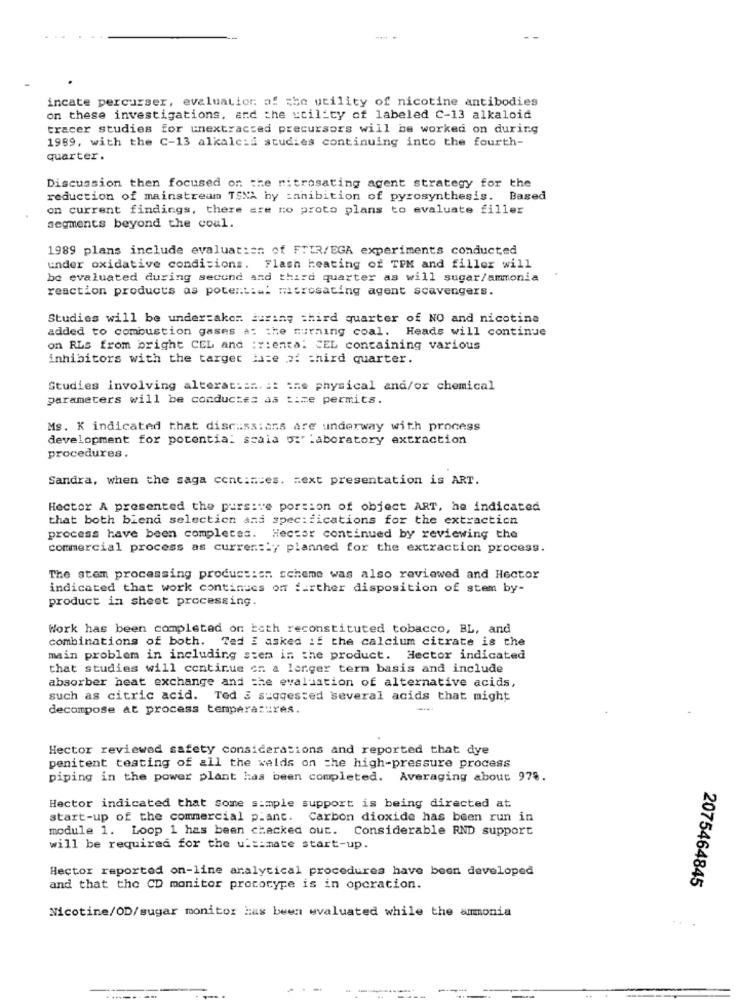
incate percurser, evaluation of the utility of nicotine antibodies
on these investigations, and the utility of labeled C-13 alkaloid
tracer studies for unextracted precursors will be worked on during
1989, with the C-13 alkalc:d studies continuing into the fourth-
quarter.
Discussion then focused on the nitrosating agent strategy for the
reduction of mainstream TSNA hy :anibition of pyrosynthesis. Based
on current findings, there are no proto plans to evaluate filler
segments beyond the coul.
1989 plans include evaluation of FTIR/EGA experiments conducted
under oxidative conditions. Flash heating of TPM and filler will
be evaluated during second and third quarter as will sugar/ammonia
reaction products as potential morosating agent scavengers.
Studies will be undertaken. during third quarter of NO and nicotina
added to combustion gases a: the surning coal. Heads will continue
on RLS from bright CEL and :v:ental CEL containing various
inhibitors with the target late 21 third quarter.
Studies involving alteracian. a: the physical and/or chemical
parameters will be conductes as time permits.
Ms. K indicated that discuss: ans are underway with process
development for potential scala 5: laboratory extraction
procedures.
Sandra, when the saga cent :== es. = ext presentation is ART.
Hector A presented the pursive portion of object ART, he indicated
that both biend selection and specifications for the extraction
process have been completed. Hector continued by reviewing the
commercial process as currently planned for the extraction process.
The stem processing production scheme was also reviewed and Hector
indicated that work continues of further disposition of stem by-
product in sheet processing.
Work has been completed on both reconstituted tobacco, BL, and
combinations of both. Ted i asked if the calcium citrate is the
main problem in including stem in the product. Hector indicated
that studies will continue on a larger term basis and include
absorber heat exchange and the evaluation of alternative acids,
such as citric acid. Ted 3 suggested several acids that might
decompose at process tempera: res.
Hector reviewed safety considerations and reported that dye
penitent testing of all the welds on the high-pressure process
piping in the power plant has been completed. Averaging about 978.
Hector indicated that some simple support is being directed at
start-up of the commercial p.ant. Carbon dioxide has been run in
module 1. Loop 1 has been checked out. Considerable RND support
will be required for the ultimate start-up.
Hector reported on-line analytical procedures have been developed
2075464845
and that the CD monitor prototype is in operation.
Nicotine/OD/sugar monitor has been evaluated while the ammonia
...